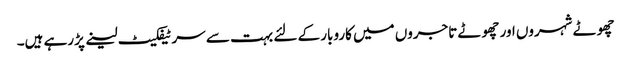
چھوٹے شہروں اور چھوٹے تاجروں میں کاروبار کے لئے بہت سے سرٹیفکیٹ لینے پڑرہے ہیں۔